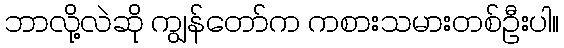
ဘာလို့လဲဆို ကျွန်တော်က ကစားသမားတစ်ဦးပါ။